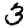
Digit: 3